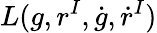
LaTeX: L(g,r^{I},\dot{g},\dot{r}^{I})